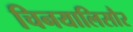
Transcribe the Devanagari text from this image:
चिनयालिसौर